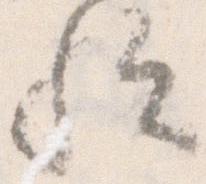
歟